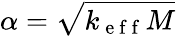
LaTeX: \alpha=\sqrt{k_{\mathrm{~e~f~f~}}M}